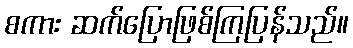
စကား ဆက်ပြောဖြစ်ကြပြန်သည်။